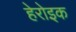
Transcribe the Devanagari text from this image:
हेरोइक